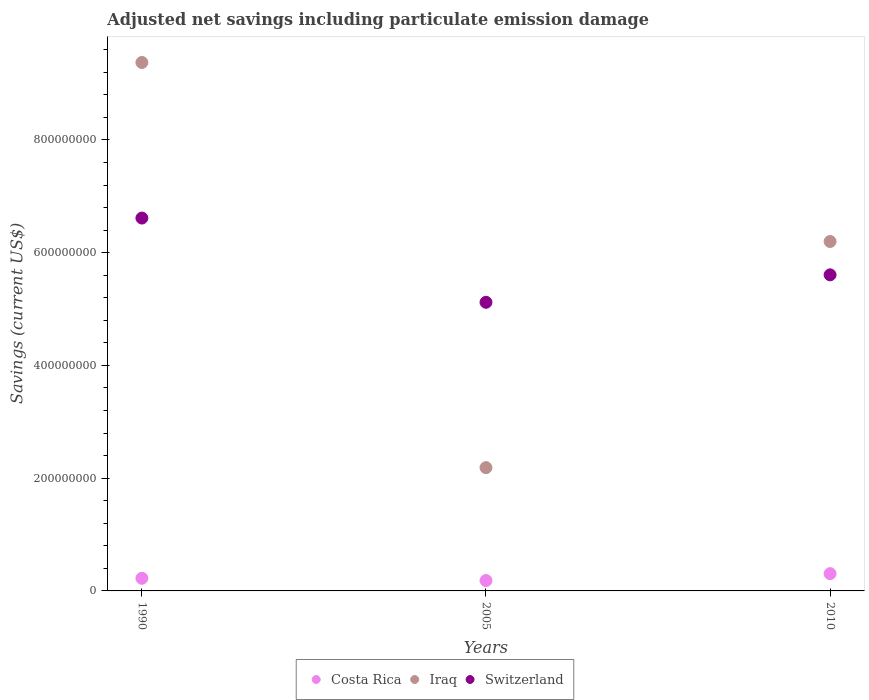
| Years | Costa Rica | Iraq | Switzerland |
 | --- | --- | --- | --- |
 | 1990 | 2.24e+07 | 9.38e+08 | 6.61e+08 |
 | 2005 | 1.84e+07 | 2.19e+08 | 5.12e+08 |
 | 2010 | 3.07e+07 | 6.2e+08 | 5.61e+08 |